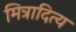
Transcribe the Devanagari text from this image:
मित्रादित्य